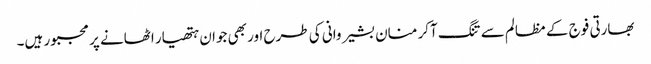
بھارتی فوج کے مظالم سے تنگ آکر منان بشیر وانی کی طرح اور بھی جوان ہتھیار اٹھانے پر مجبور ہیں۔